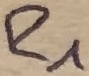
Text: R1